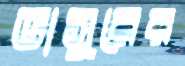
ভাসুরের